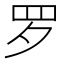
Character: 罗